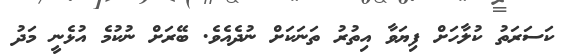
ކަސަރަތު ކުލާހަށް ފިޔަވާ އިތުރު ތަނަކަށް ނުދެއެވެ. ބޭރަށް ނުކުމެ އުޅެނީ މަދު